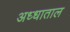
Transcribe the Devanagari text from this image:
अध्धाताल